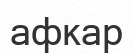
афкар